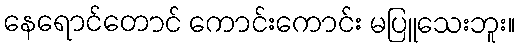
နေရောင်တောင် ကောင်းကောင်း မပြူသေးဘူး။